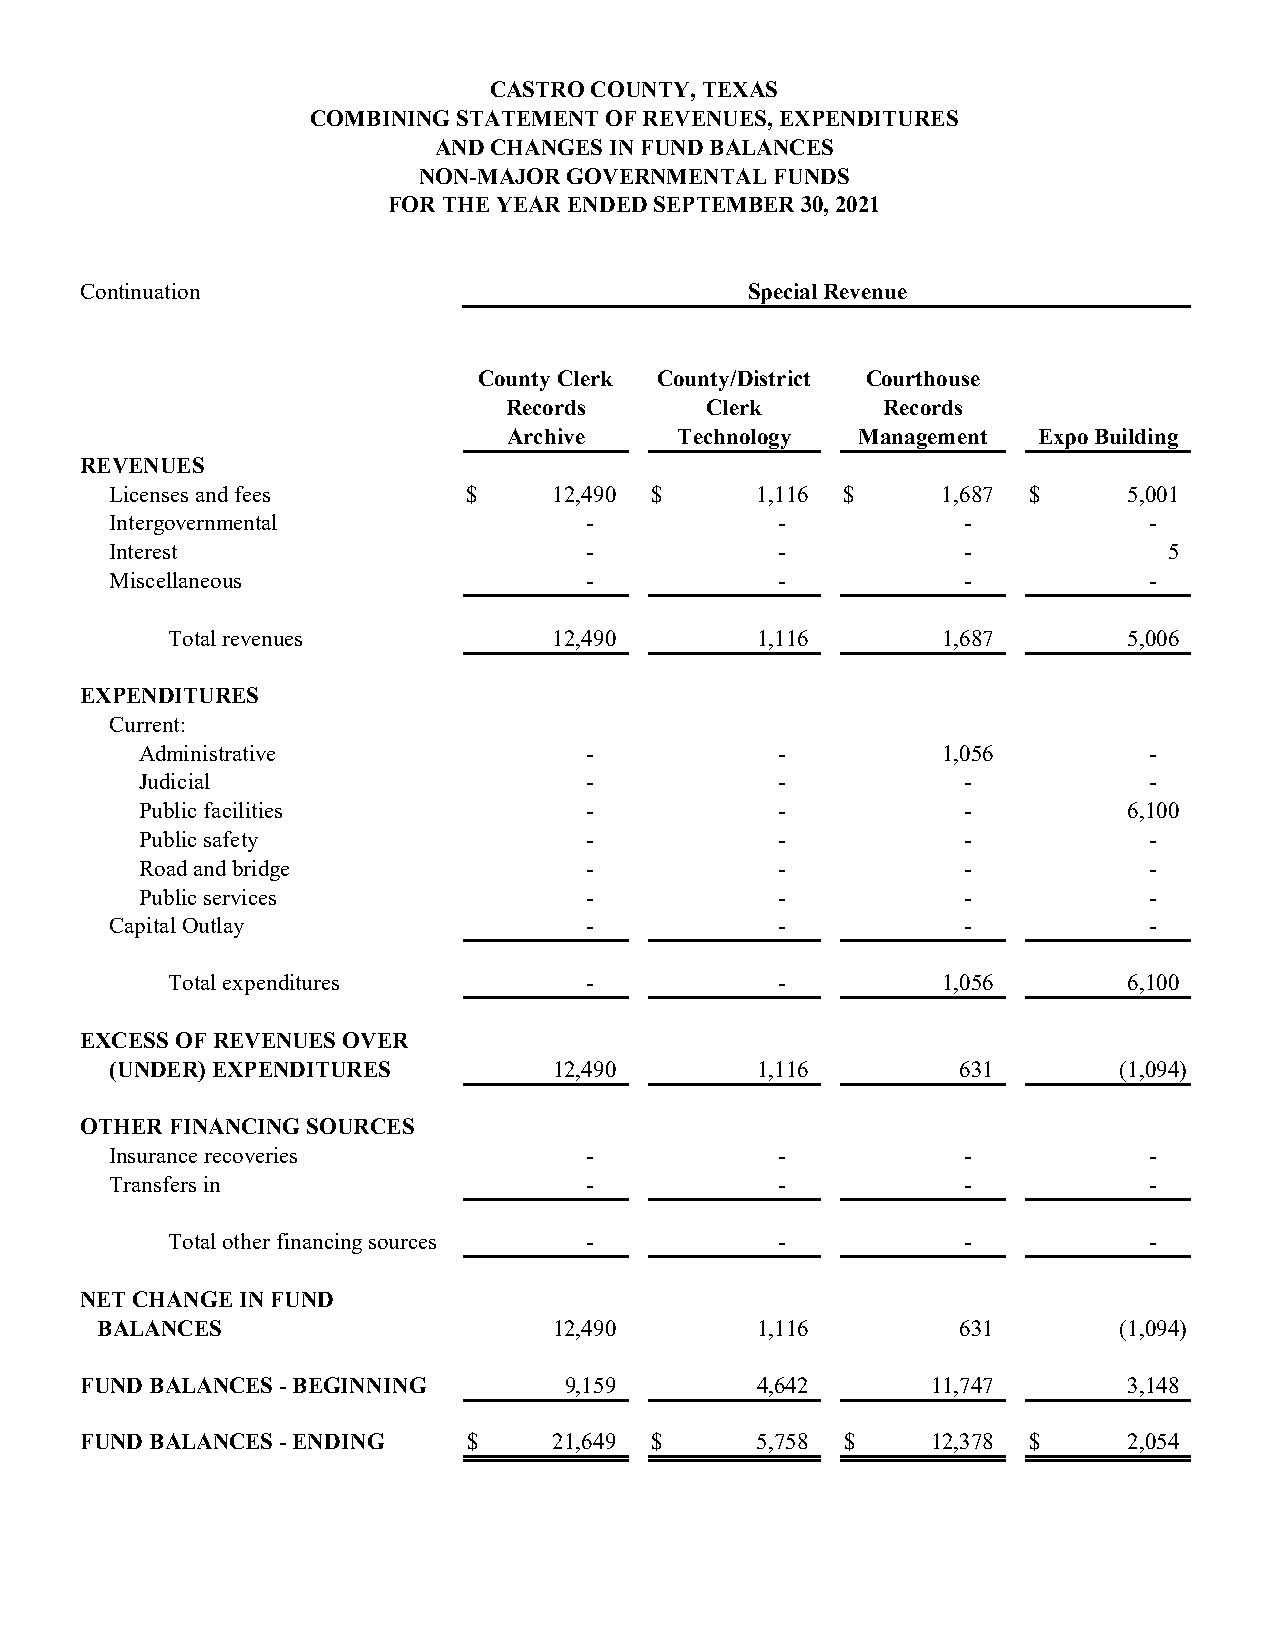
CASTRO COUNTY, TEXAS
 COMBINING STATEMENT OF REVENUES, EXPENDITURES
 AND CHANGES IN FUND BALANCES
 NON-MAJOR GOVERNMENTAL FUNDS
 FOR THE YEAR ENDED SEPTEMBER 30, 2021
 Continuation                                Special Revenue
 County Clerk County/District Courthouse
 Records       Clerk      Records
 Archive    Technology  Management  Expo Building
 REVENUES
 Licenses and fees       $     12,490 $     1,116 $     1,687 $      5,001
 Intergovernmental               -            -           -           -
 Interest                        -            -           -            5
 Miscellaneous                   -            -           -           -
 Total revenues            12,490       1,116       1,687        5,006
 EXPENDITURES
 Current:
 Administrative                -            -         1,056         -
 Judicial                      -            -           -           -
 Public facilities             -            -           -          6,100
 Public safety                 -            -           -           -
 Road and bridge               -            -           -           -
 Public services               -            -           -           -
 Capital Outlay                  -            -           -           -
 Total expenditures          -            -         1,056        6,100
 EXCESS OF REVENUES OVER
 (UNDER) EXPENDITURES          12,490       1,116         631       (1,094)
 OTHER FINANCING SOURCES
 Insurance recoveries            -            -           -           -
 Transfers in                    -            -           -           -
 Total other financing sources -          -           -           -
 NET CHANGE IN FUND
 BALANCES                       12,490       1,116         631       (1,094)
 FUND BALANCES - BEGINNING       9,159        4,642       11,747       3,148
 FUND BALANCES - ENDING    $     21,649 $     5,758 $     12,378 $     2,054